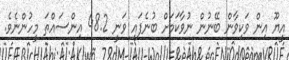
އީޔޫ އިން ވަކިވާން ބޭނުން ނުވާކަމަށް ބުނެފައި ވަނީ 48.2 އިންސައްތަ މީހުންނެވެ.